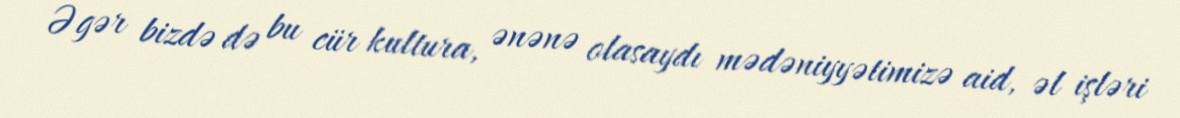
Əgər bizdə də bu cür kultura, ənənə olasaydı mədəniyyətimizə aid, əl işləri